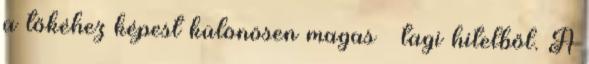
a tőkéhez képest különösen magas – tagi hitelből. A